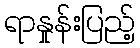
ရာနှုန်းပြည့်